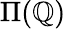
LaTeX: \Pi(\mathbb{Q})